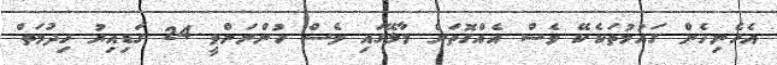
އެހެނިހެން ގައުމުތަކެކޭ ވެސް އެއްގޮތަށް މާލޭގައި ވެސް ހުންނަންވީ 24 ގަޑިއިރު ހިދުމަތް